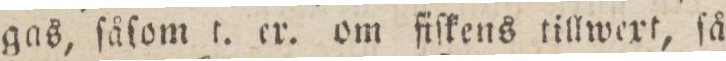
gas, ſåſom t. er. om fiſkens tillwext, ſå